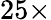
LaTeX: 25\times